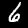
Label: 6